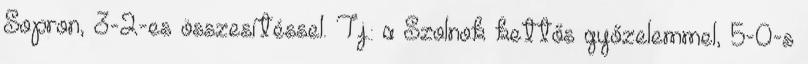
Sopron, 3-2-es összesítéssel. Tj.: a Szolnok kettős győzelemmel, 5-0-s